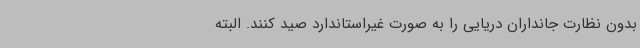
بدون نظارت جانداران دریایی را به صورت غیراستاندارد صید کنند. البته